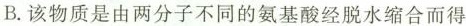
B.该物质是由两分子不同的氨基酸经脱水缩合而得